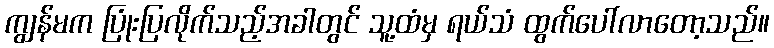
ကျွန်မက ပြုံးပြလိုက်သည့်အခါတွင် သူ့ထံမှ ရယ်သံ ထွက်ပေါ်လာတော့သည်။